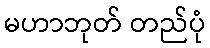
မဟာဘုတ် တည်ပုံ